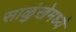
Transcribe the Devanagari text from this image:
साळुंखेमध्ये